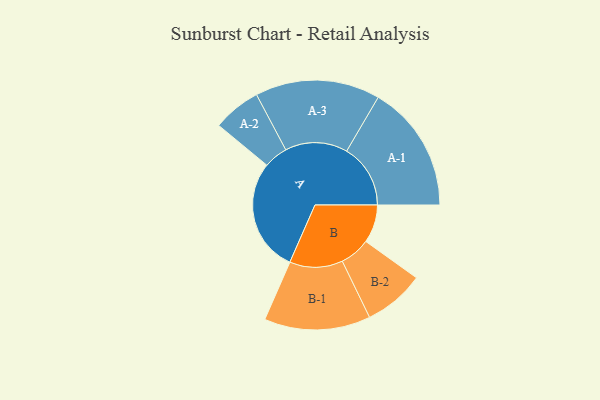
{"axis": {"x": "Segment", "y": "Value"}, "legend": ["", "A", "B"], "data": [{"x": "A", "y": 499, "type": ""}, {"x": "B", "y": 168, "type": ""}, {"x": "A-1", "y": 281, "type": "A"}, {"x": "A-2", "y": 106, "type": "A"}, {"x": "A-3", "y": 275, "type": "A"}, {"x": "B-1", "y": 234, "type": "B"}, {"x": "B-2", "y": 134, "type": "B"}]}